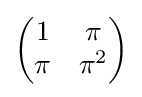
{\begin{pmatrix}1&\pi \\\pi &\pi ^{2}\end{pmatrix}}